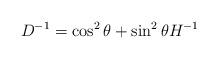
LaTeX: \begin{align*} D^{-1} = \cos^2 \theta + \sin^2 \theta H^{-1}\end{align*}